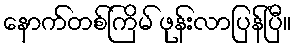
နောက်တစ်ကြိမ် ဖုန်းလာပြန်ပြီ။